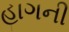
હાગની